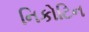
નિકોટિન